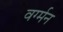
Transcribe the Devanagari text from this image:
वर्ग्मन